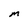
Character: M